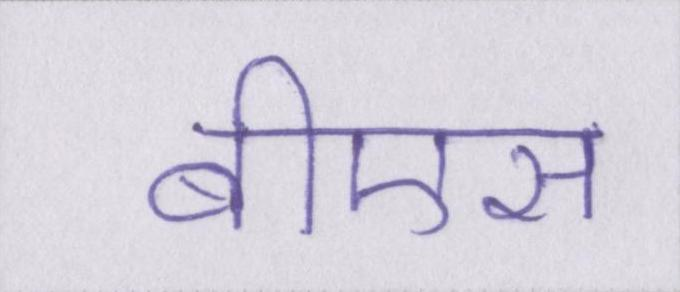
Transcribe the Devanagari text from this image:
बीएस